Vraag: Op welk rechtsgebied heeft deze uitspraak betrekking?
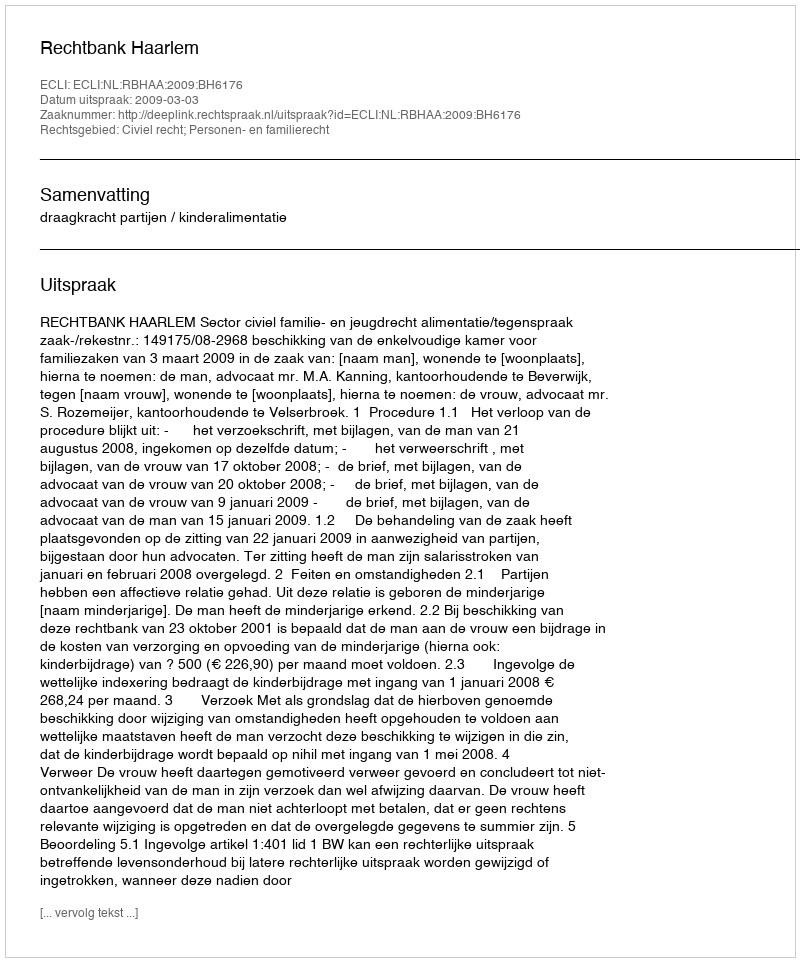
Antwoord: Civiel recht; Personen- en familierecht